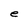
Character: e